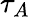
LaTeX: \tau_{A}